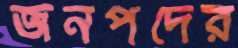
জনপদের